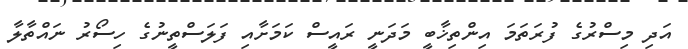
އަދި މިސްރުގެ ފުރަތަމަ އިންތިޚާބީ މަދަނީ ރައީސް ކަމަށާއި ފަލަސްތީނުގެ ހިސޯރު ނައްތާލާ